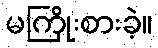
မကြိုးစားခဲ့။